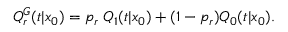
Q _ { r } ^ { G } ( t | x _ { 0 } ) = p _ { r } \; Q _ { 1 } ( t | x _ { 0 } ) + ( 1 - p _ { r } ) Q _ { 0 } ( t | x _ { 0 } ) .